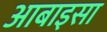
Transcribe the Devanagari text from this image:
आबाइसा